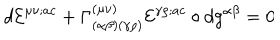
d { \cal E } ^ { \mu \nu ; a c } + \Gamma _ { ( \alpha \beta ) ( \gamma \rho ) } ^ { ( \mu \nu ) } { \cal E } ^ { \gamma \rho ; a c } \circ d g ^ { \alpha \beta } = 0